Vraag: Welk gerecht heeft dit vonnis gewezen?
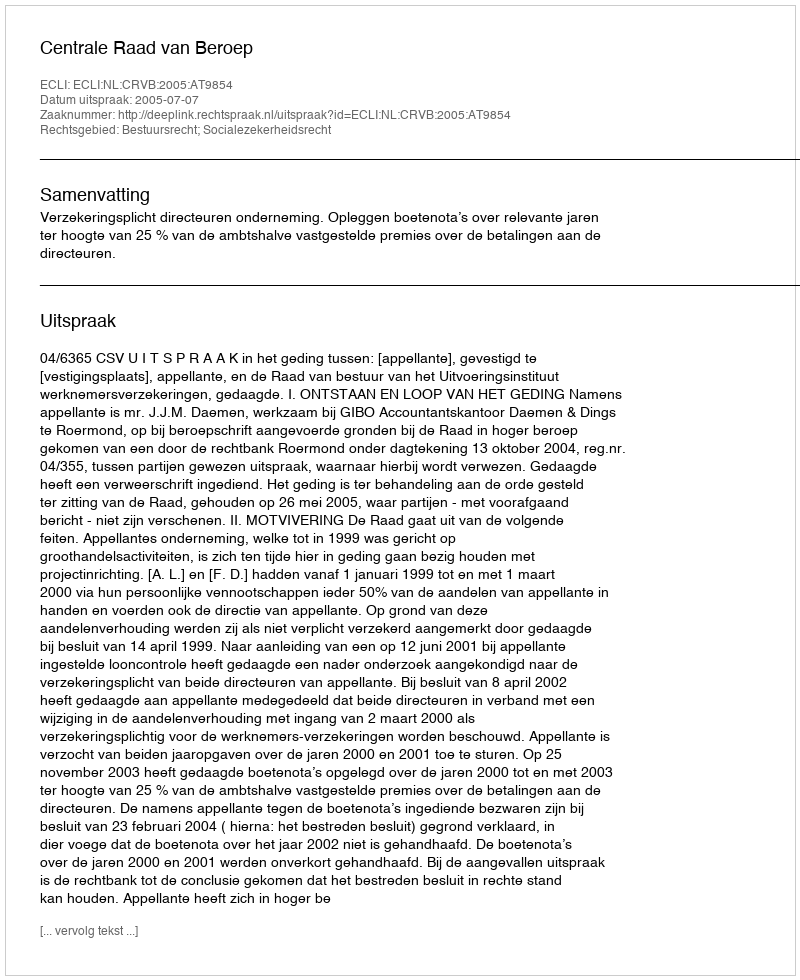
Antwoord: Centrale Raad van Beroep